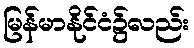
မြန်မာနိုင်ငံ၌လည်း